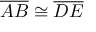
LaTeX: { \overline { { A B } } } \cong { \overline { { D E } } }